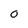
Character: 0